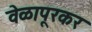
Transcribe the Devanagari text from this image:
वेळापूरकर